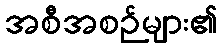
အစီအစဉ်များ၏